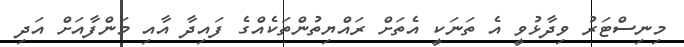
މިނިސްޓަރު ވިދާޅުވީ އެ ތަނަކީ އެތަށް ރައްޔިތުންތަކެއްގެ ފައިދާ އާއި މަންފާއަށް އަދި